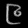
Digit: ၉